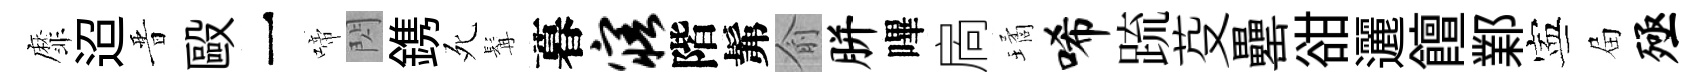
靡迢晋毆一啼閃鎸死髯暮寤階髴俞胼嗶扄璚唏䟽芟罍𧮳邐饘鄴寕屇殛